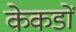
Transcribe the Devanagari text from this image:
केकडों